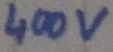
Text: 400v